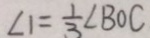
\angle 1 = \frac { 1 } { 3 } \angle B O C